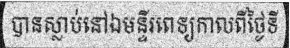
បានស្លាប់នៅឯមន្ទីរពេទ្យកាលពីថ្ងៃទី